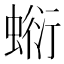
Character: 𧎘